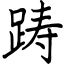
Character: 踌